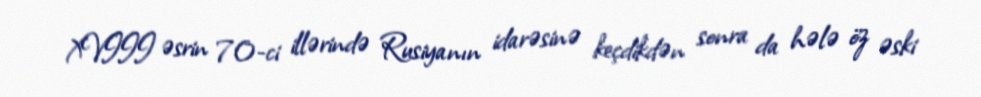
XVIII əsrin 70-ci illərində Rusiyanın idarəsinə keçdikdən sonra da hələ öz əski